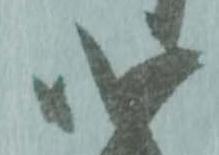
心